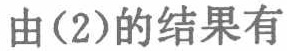
由(2)的结果有